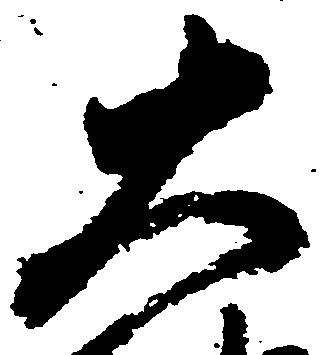
大